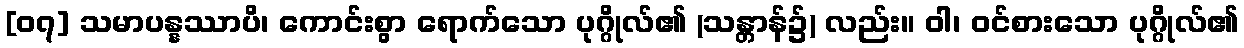
[၀၇] သမာပန္နဿာပိ၊ ကောင်းစွာ ရောက်သော ပုဂ္ဂိုလ်၏ (သန္တာန်၌) လည်း။ ဝါ၊ ဝင်စားသော ပုဂ္ဂိုလ်၏